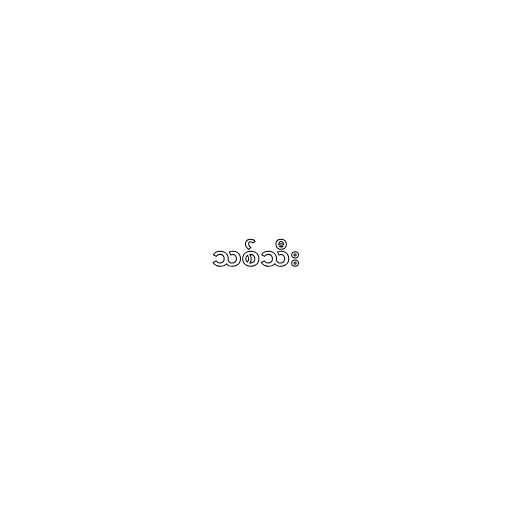
သစ်သီး